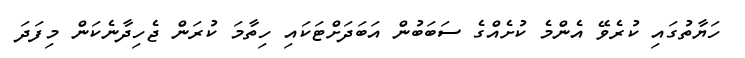
ހަޔާތުގައި ކުރެވޭ އެންމެ ކުށެއްގެ ސަބަބުން އަބަދަށްޓަކައި ހިތާމަ ކުރަން ޖެހިދާނެކަން މިފަދަ